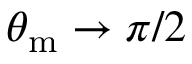
\theta _ { \mathrm { m } } \to \pi / 2